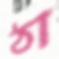
ঠা